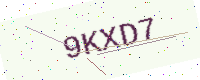
Text: 9KXD7